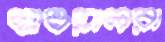
ছাওয়ালরা